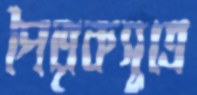
পৈতৃকসূত্রে